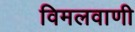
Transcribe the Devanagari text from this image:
विमलवाणी